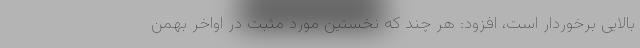
بالایی برخوردار است، افزود: هر چند که نخستین مورد مثبت در اواخر بهمن